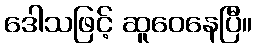
ဒေါသဖြင့် ဆူဝေနေပြီ။